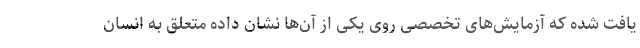
یافت شده که آزمایش‌های تخصصی روی یکی از آن‌ها نشان داده متعلق به انسان